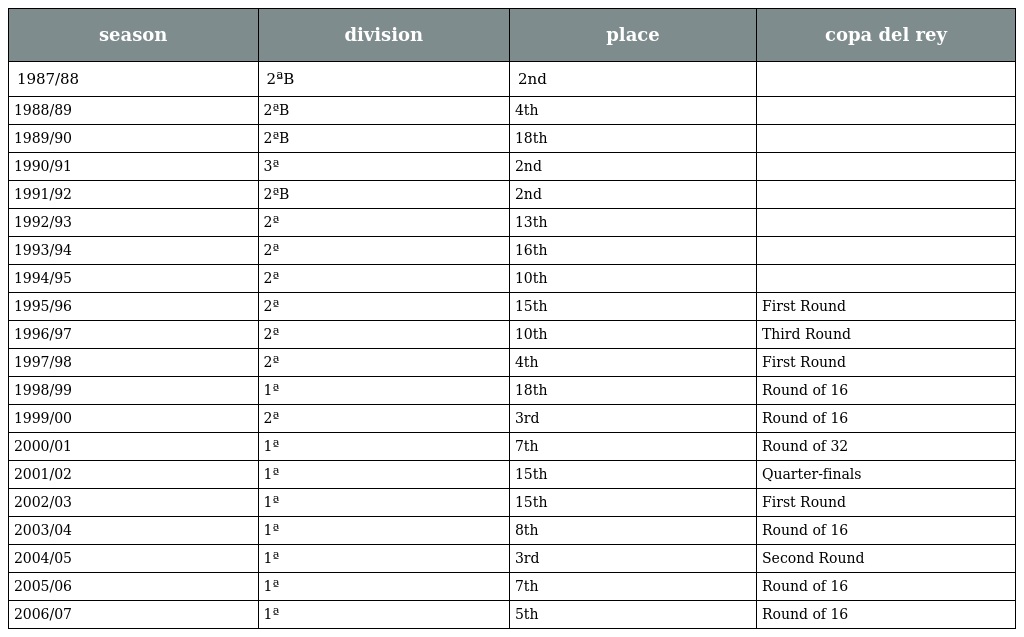
| season | division | place | copa del rey |
 | --- | --- | --- | --- |
 | 1987/88 | 2ªB | 2nd |  |
 | 1988/89 | 2ªB | 4th |  |
 | 1989/90 | 2ªB | 18th |  |
 | 1990/91 | 3ª | 2nd |  |
 | 1991/92 | 2ªB | 2nd |  |
 | 1992/93 | 2ª | 13th |  |
 | 1993/94 | 2ª | 16th |  |
 | 1994/95 | 2ª | 10th |  |
 | 1995/96 | 2ª | 15th | First Round |
 | 1996/97 | 2ª | 10th | Third Round |
 | 1997/98 | 2ª | 4th | First Round |
 | 1998/99 | 1ª | 18th | Round of 16 |
 | 1999/00 | 2ª | 3rd | Round of 16 |
 | 2000/01 | 1ª | 7th | Round of 32 |
 | 2001/02 | 1ª | 15th | Quarter-finals |
 | 2002/03 | 1ª | 15th | First Round |
 | 2003/04 | 1ª | 8th | Round of 16 |
 | 2004/05 | 1ª | 3rd | Second Round |
 | 2005/06 | 1ª | 7th | Round of 16 |
 | 2006/07 | 1ª | 5th | Round of 16 |